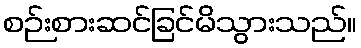
စဉ်းစားဆင်ခြင်မိသွားသည်။